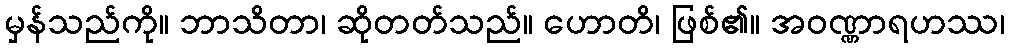
မှန်သည်ကို။ ဘာသိတာ၊ ဆိုတတ်သည်။ ဟောတိ၊ ဖြစ်၏။ အဝဏ္ဏာရဟဿ၊